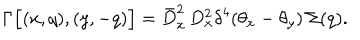
LaTeX: \Gamma \Big [ ( x , q ) , ( y , - q ) \Big ] = \bar { D } _ { x } ^ { 2 } \, D _ { x } ^ { 2 } \delta ^ { 4 } ( \theta _ { x } - \theta _ { y } ) \, \Sigma ( q ) .